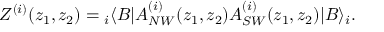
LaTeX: Z ^ { ( i ) } ( z _ { 1 } , z _ { 2 } ) = { } _ { i } \langle B | A _ { N W } ^ { ( i ) } ( z _ { 1 } , z _ { 2 } ) A _ { S W } ^ { ( i ) } ( z _ { 1 } , z _ { 2 } ) | B \rangle _ { i } .